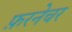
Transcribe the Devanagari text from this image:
फ़रनेचर